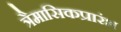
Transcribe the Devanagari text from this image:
त्रैमासिकप्रारंभ